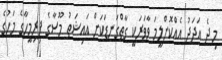
މި ދެ އަދަދު އެއްކޮށްލީމަ ވާވަރަކީ ގާތްގަނޑަކަށް އައިޝަތު މޫސާގެ ފިރިމީހާގެ މަހުގެ